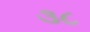
૩૮